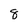
Character: 8